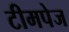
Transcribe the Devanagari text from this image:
टीमपेज